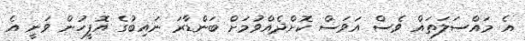
އެ މައްސަލަތައް ވެސް އަވަސް ކޮށްދެއްވުމަށް ބަންޑާރަ ނައިބުގެ އޮފީހުން ވަނީ އެ